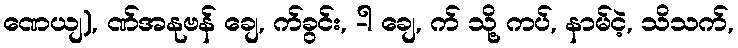
ဏေယျ), ဏ်အနုဗန် ချေ, က်ခွင်း, -ါ ချေ, က် သို့ ကပ်, နာမ်ငဲ့, သိသက်,